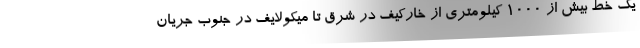
یک خط بیش از ۱۰۰۰ کیلومتری از خارکیف در شرق تا میکولایف در جنوب جریان